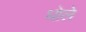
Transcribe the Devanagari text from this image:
धोले